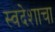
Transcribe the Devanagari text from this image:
स्वदेशाचा